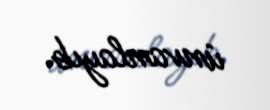
ünvanlayıb.